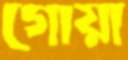
গোয়া